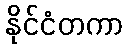
နိုင်ငံတကာ